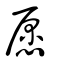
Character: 愿